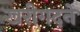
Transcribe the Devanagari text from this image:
खरीगदने